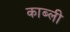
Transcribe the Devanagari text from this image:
काब्ली